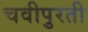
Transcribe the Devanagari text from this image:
चवीपुरती